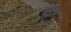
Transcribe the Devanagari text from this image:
चांदनं